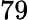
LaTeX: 79